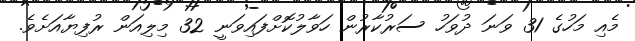
މެއި މަހުގެ 31 ވަނަ ދުވަހު ސަރުކާރުން ހަވާލުކޮށްފައިވަނީ 32 މިލިއަން ރުފިޔާއަށެވެ.